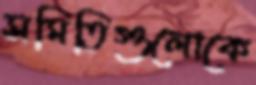
সমিতিগুলোকে